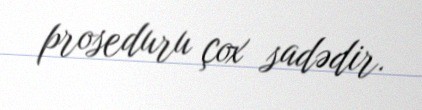
proseduru çox sadədir.